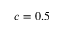
c = 0 . 5